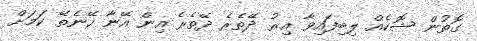
ގޮތުން ޝޮކެއް ލިބިފައިވާ އިރު ދޭތެރެ ދޭތެރެ އިން އޭނާ ހޭނެތޭ ކަމަށް